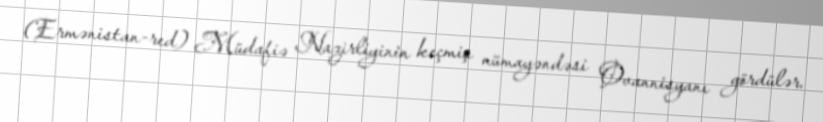
(Ermənistan-red) Müdafiə Nazirliyinin keçmiş nümayəndəsi Ovannisyanı gördülər.